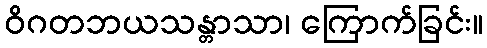
ဝိဂတဘယသန္တာသာ၊ ကြောက်ခြင်း။